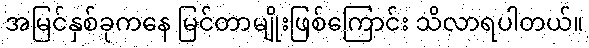
အမြင်နှစ်ခုကနေ မြင်တာမျိုးဖြစ်ကြောင်း သိလာရပါတယ်။